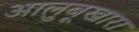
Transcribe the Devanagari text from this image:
आलुबूखारा